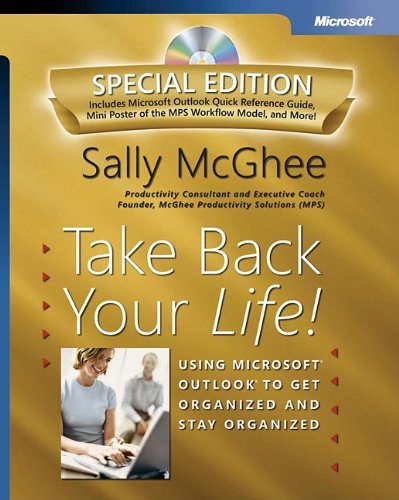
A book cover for Take Back Your Life! Special Edition: Using Microsoft Outlook to Get Organized and Stay Organized: Using Microsoft(r) Outlook(r) to Get Organized and Stay Organized (Bpg-Other); Sally McGhee; Computers & Technology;